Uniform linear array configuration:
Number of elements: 8
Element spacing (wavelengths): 0.25
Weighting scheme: uniform
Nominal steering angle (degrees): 60
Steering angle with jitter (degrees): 61.942
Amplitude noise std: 0.05
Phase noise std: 0.05

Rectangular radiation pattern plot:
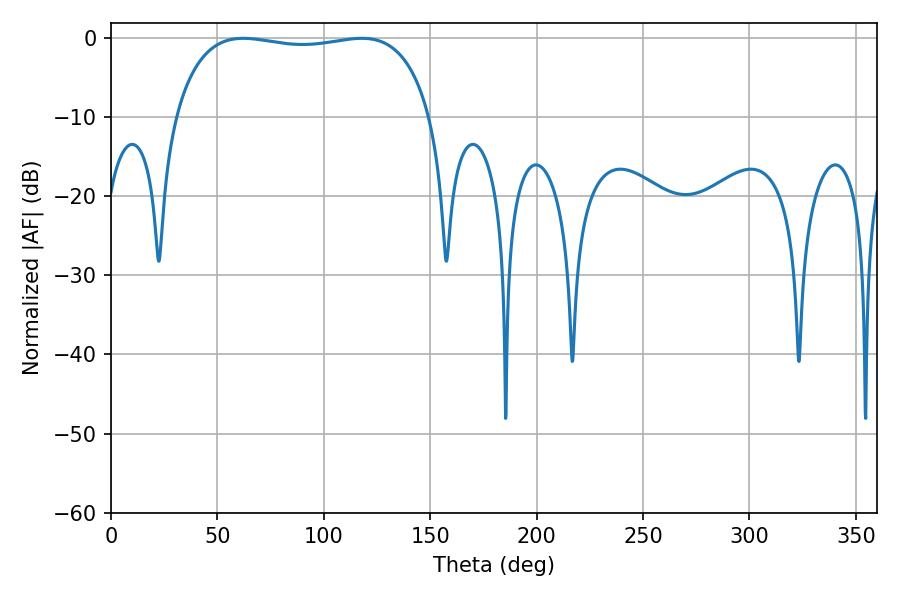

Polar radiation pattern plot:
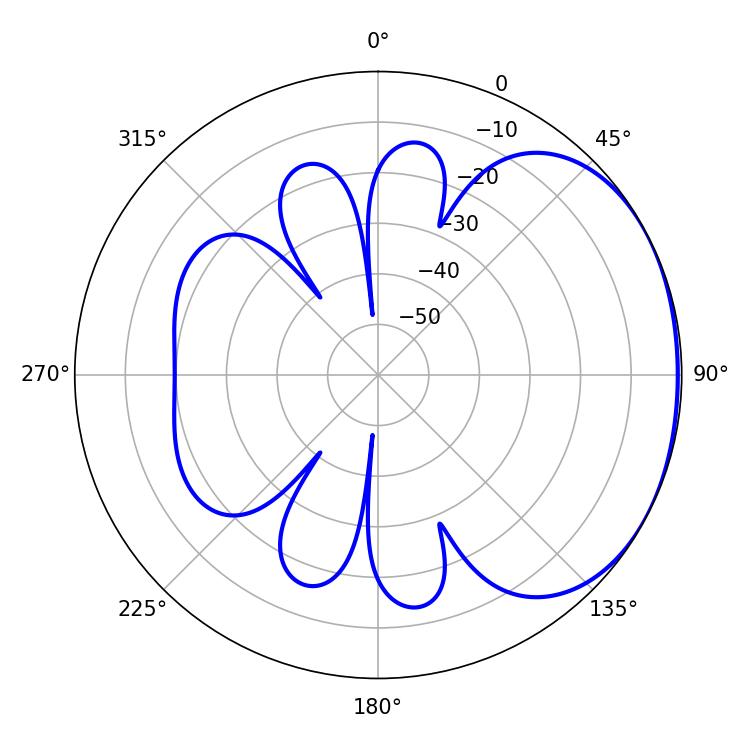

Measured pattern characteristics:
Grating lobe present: FALSE
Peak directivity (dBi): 1.638
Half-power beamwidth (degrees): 96.84
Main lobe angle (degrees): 62.1